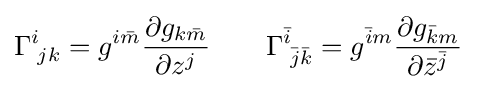
\Gamma _{\;jk}^{i}=g^{i{\bar {m}}}{\frac {\partial g_{k{\bar {m}}}}{\partial z^{j}}}\qquad \Gamma _{\;{\bar {j}}{\bar {k}}}^{\bar {i}}=g^{{\bar {i}}m}{\frac {\partial g_{{\bar {k}}m}}{\partial {\bar {z}}^{\bar {j}}}}